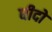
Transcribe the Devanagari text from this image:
धीदो